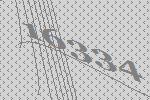
16334